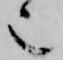
也